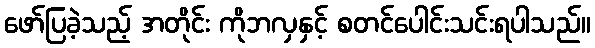
ဖော်ပြခဲ့သည့် အတိုင်း ကိုဘလှနှင့် စတင်ပေါင်းသင်းရပါသည်။